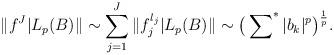
LaTeX: \begin{align*}\Vert f^J| L_p(B)\Vert \sim \sum_{j=1}^J \Vert f^{l_j}_j| L_p(B)\Vert\sim\big(\sum\nolimits^\ast |b_k|^p \big)^{\frac{1}{p}}.\end{align*}